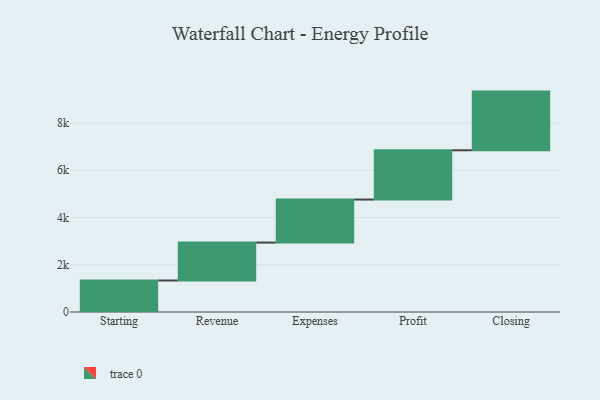
{"axis": {"x": "Step", "y": "Value"}, "legend": [""], "data": [{"x": "Starting", "y": 1333.0, "type": ""}, {"x": "Revenue", "y": 1603.0, "type": ""}, {"x": "Expenses", "y": 1821.0, "type": ""}, {"x": "Profit", "y": 2084.0, "type": ""}, {"x": "Closing", "y": 2482.0, "type": ""}]}